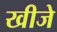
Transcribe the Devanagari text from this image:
खीजे